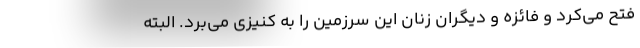
فتح می‌کرد و فائزه و دیگران زنان این سرزمین را به کنیزی می‌برد. البته